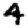
Digit: 4